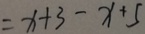
= x + 3 - x + 5